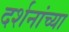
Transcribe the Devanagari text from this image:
दर्शनांच्या